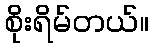
စိုးရိမ်တယ်။